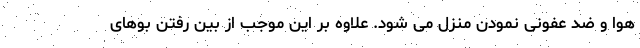
هوا و ضد عفونی نمودن منزل می شود. علاوه بر این موجب از بین رفتن بوهای